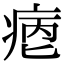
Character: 𤶮